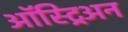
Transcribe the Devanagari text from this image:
ऑस्ट्रिअन